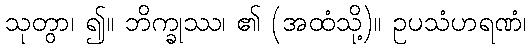
သုတွာ၊ ၍။ ဘိက္ခုဿ၊ ၏ (အထံသို့)။ ဥပသံဟရဏံ၊